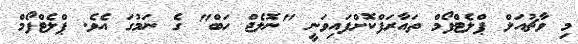
މި ވާޗުއަލް ޕްލެޓްފޯމް ތައާރަފްކޮށްފައިވަނީ "ނޮލެޖް ހަބް" ގެ ނަމުގަ އެވެ. ޕްލެޓްފޯމް